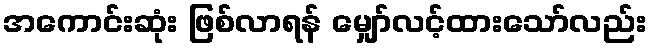
အကောင်းဆုံး ဖြစ်လာရန် မျှော်လင့်ထားသော်လည်း